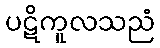
ပဋိကူလသညံ